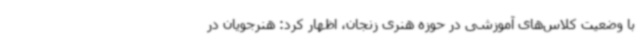
با وضعیت کلاس‌های آموزشی در حوزه هنری زنجان، اظهار کرد: هنرجویان در